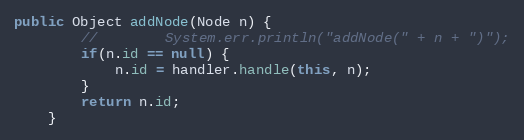
Language: Java
public Object addNode(Node n) {
        //        System.err.println("addNode(" + n + ")");
        if(n.id == null) {
            n.id = handler.handle(this, n);
        }
        return n.id;
    }